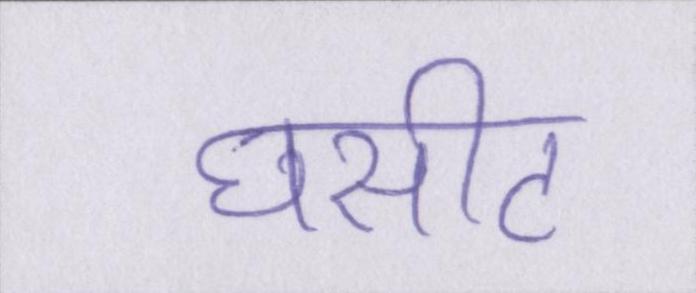
घसीट